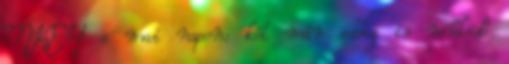
MKEH a mai napon: két már eddig is működő